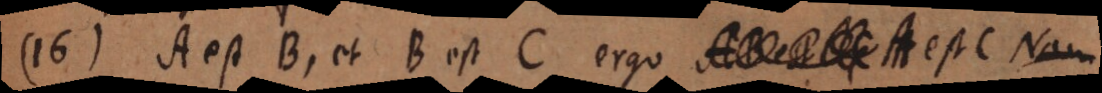
16) A est B, et B est C, ergo AB est C